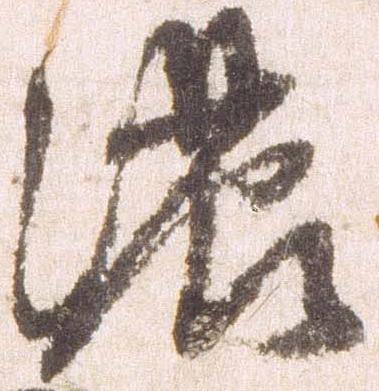
濃